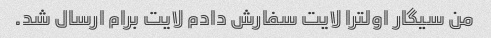
من سیگار اولترا لایت سفارش دادم لایت برام ارسال شد.